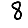
Digit: 8